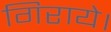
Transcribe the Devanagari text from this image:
गिराये।